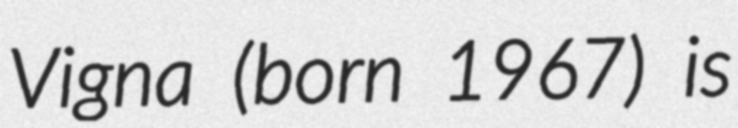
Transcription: Vigna (born 1967) is